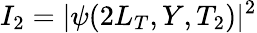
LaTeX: I_{2}=|\psi(2L_{T},Y,T_{2})|^{2}